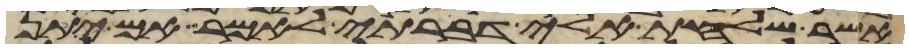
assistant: אשר שלחת אלי דברתי לאמר אם יתן